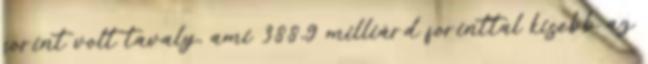
forint volt tavaly, ami 388,9 milliárd forinttal kisebb az